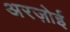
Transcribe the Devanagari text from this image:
अरज़ोई